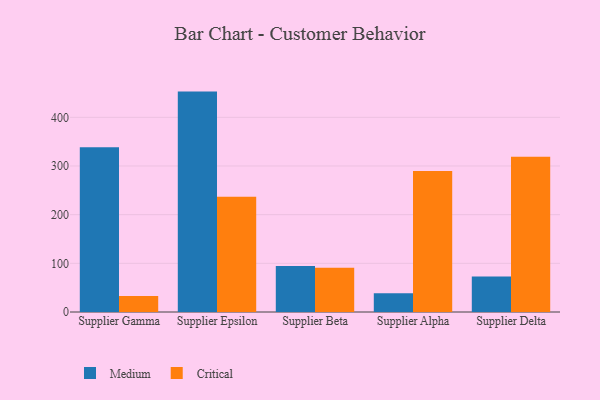
{"axis": {"x": "Supplier", "y": "Backlog"}, "legend": ["Critical", "Medium"], "data": [{"x": "Supplier Gamma", "y": 338.3, "type": "Medium"}, {"x": "Supplier Gamma", "y": 33.1, "type": "Critical"}, {"x": "Supplier Epsilon", "y": 452.9, "type": "Medium"}, {"x": "Supplier Epsilon", "y": 236.6, "type": "Critical"}, {"x": "Supplier Beta", "y": 94.6, "type": "Medium"}, {"x": "Supplier Beta", "y": 90.8, "type": "Critical"}, {"x": "Supplier Alpha", "y": 38.7, "type": "Medium"}, {"x": "Supplier Alpha", "y": 289.8, "type": "Critical"}, {"x": "Supplier Delta", "y": 72.9, "type": "Medium"}, {"x": "Supplier Delta", "y": 319.2, "type": "Critical"}]}